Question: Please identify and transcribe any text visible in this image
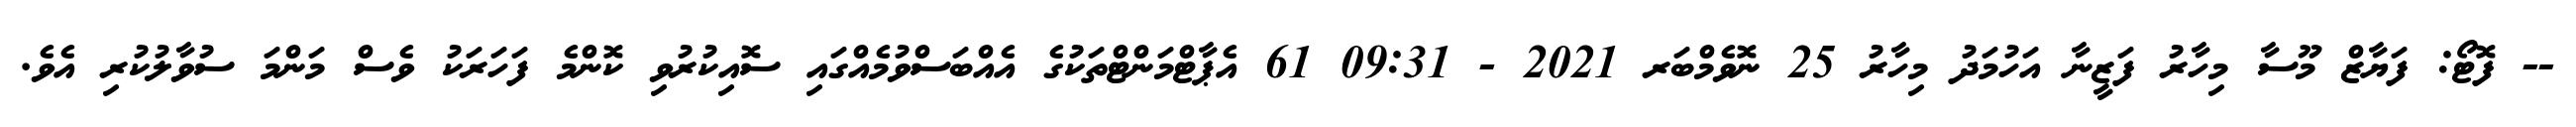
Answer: -- ފޮޓޯ: ފަޔާޒް މޫސާ މިހާރު ފަޒީނާ އަހުމަދު މިހާރު 25 ނޮވެމްބަރ 2021 - 09:31 61 އެޕާޓްމަންޓްތަކުގެ އެއްބަސްވުމެއްގައި ސޮއިކުރުވި ކޮންމެ ފަހަރަކު ވެސް މަންމަ ސުވާލުކުރި އެވެ.